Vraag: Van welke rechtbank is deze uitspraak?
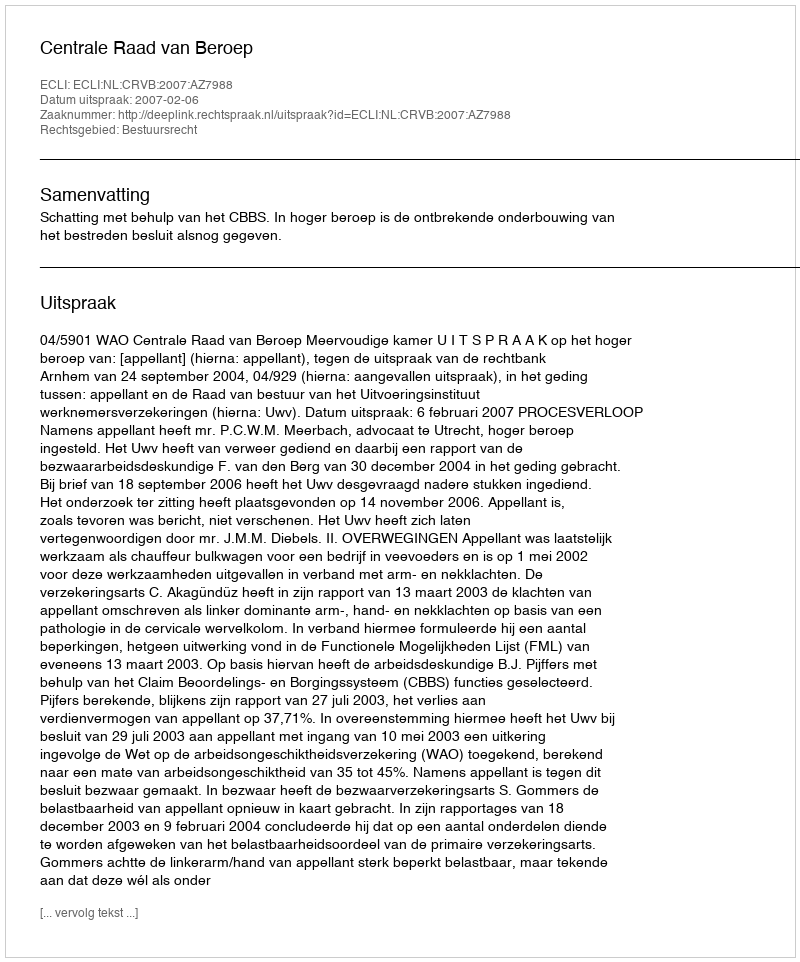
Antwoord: Centrale Raad van Beroep